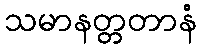
သမာနတ္တတာနံ